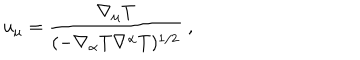
u _ { \mu } = \frac { \nabla _ { \mu } T } { ( - \nabla _ { \alpha } T \nabla ^ { \alpha } T ) ^ { 1 / 2 } } \ ,